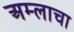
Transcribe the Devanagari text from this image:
अम्‍लाचा